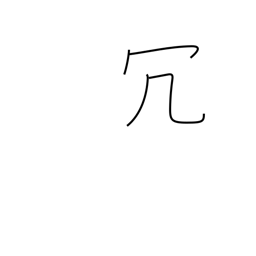
Meaning: superfluous